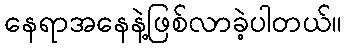
နေရာအနေနဲ့ဖြစ်လာခဲ့ပါတယ်။